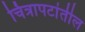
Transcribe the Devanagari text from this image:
चित्रापटांतील